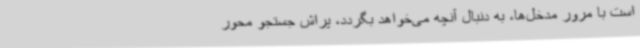
است با مرور مدخل‌ها، به دنبال آنچه می‌خواهد بگردد، پراش جستجو محور